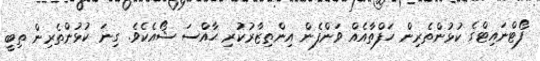
ފޯޓްނައިޓްގެ ކުޅުންތެރިން ހަފްތާއެއް ވަންފެން އިންތިޒާރުކުރި ޙާއްސަ ޝޯއެކެވެ. ގިނަ ކުޅުންތެރިން ތިބީ